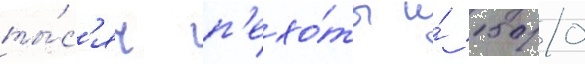
ты́с'яч п'ехо́ты и́ 1500